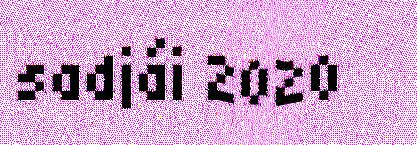
sadjái 2020